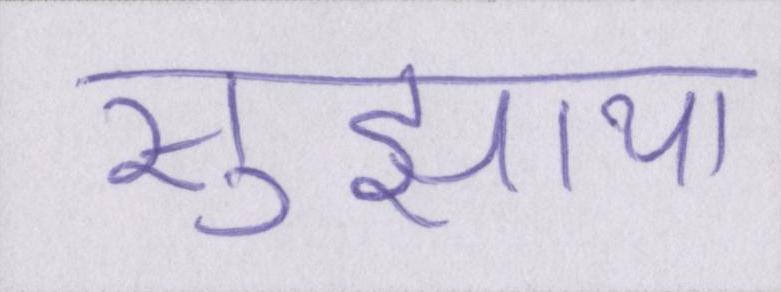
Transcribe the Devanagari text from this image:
सुझाया